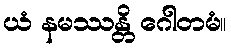
ယံ နမဿန္တိ ဂေါတမံ။